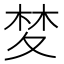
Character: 𭐧